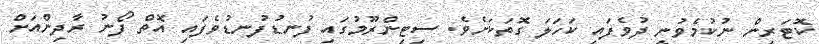
ކޮޓަރިން ނުކުމެވުނީ ދުވެފައި ކަހަލަ ގޮތަކަށެވެ. ސިޓިންރޫމުގައި ފުނޑުފުނޑުވެފައި އޮތް ފޯނު ރާދިންއަށް